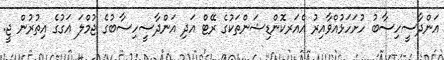
އަންދާސީހިސާބު ހުށަހަޅުއްވާއިރު އެއަރކޮންޑިޝަންތަކުގެ ރޭޓް އަދި އަންދާސީހިސާބުގެ ޖުމްލަ އަގުގެ އިތުރުން ޖީ.